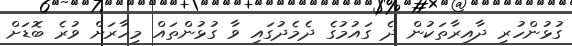
ގުޅުންހުރި ދާއިރާތަކުން ދެ ގައުމުގެ ދެމެދުގައި ވާ ގުޅުންތައް މިހާރަށް ވުރެ ބޮޑަށް